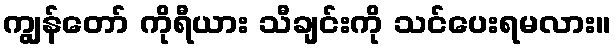
ကျွန်တော် ကိုရီယား သီချင်းကို သင်ပေးရမလား။